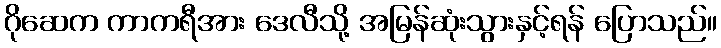
ဂိုဆေက ကာကရီအား ဒေလီသို့ အမြန်ဆုံးသွားနှင့်ရန် ပြောသည်။